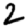
Digit: 2